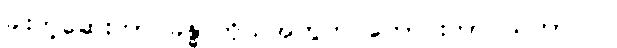
ခါးတဲ့ဆေးဟာ ခန္ဓာကိုယ်အတွက် ကောင်းတာ သဘာဝပဲ။